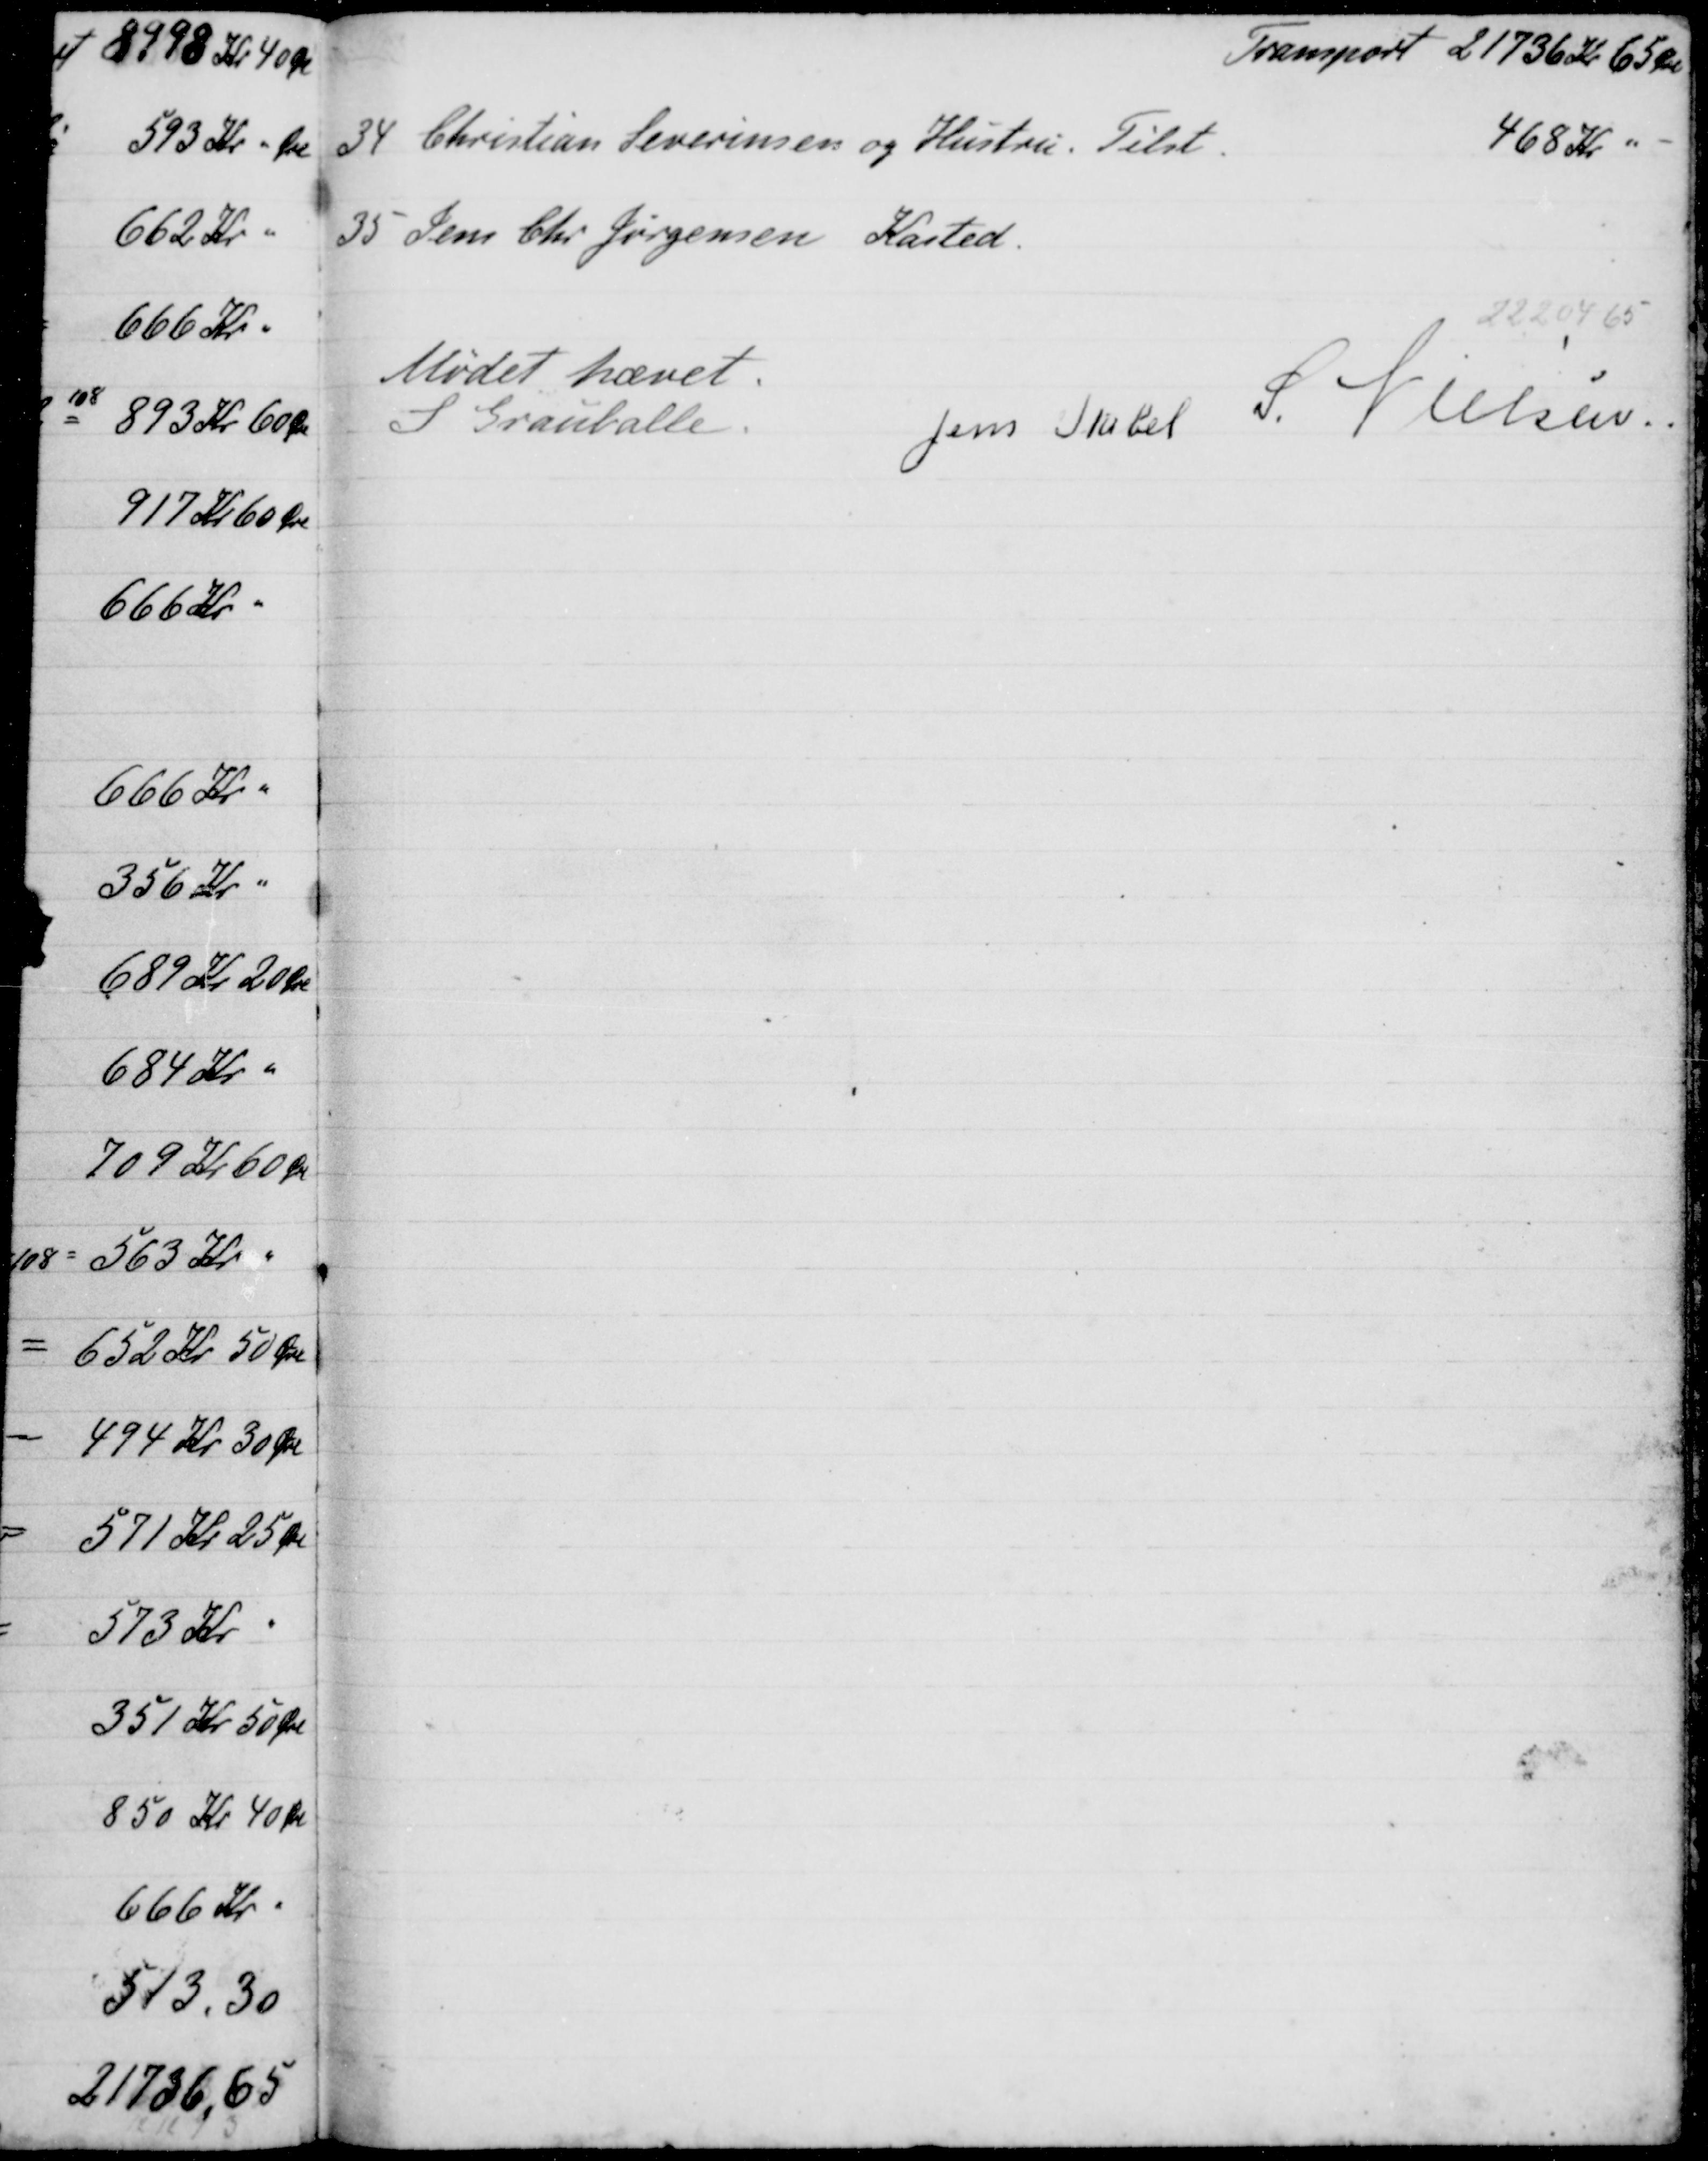
Transskription:
Tramport 21736 Kr 65 Øre
34
Christian Severensen og Hustru. Tilst.
468 "
35 Jens Chr Jørgensen Kasted
22204,65
Mødet hævet.
S Grauballe
Jens Stabel
S. Nielsen.